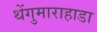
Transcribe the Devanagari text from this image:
थेंगुमाराहाडा